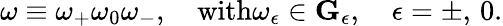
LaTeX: \omega\equiv\omega_{+}\omega_{0}\omega_{-},\quad\mathrm{with}\omega_{\epsilon}\in{\mathbf G}_{\epsilon},\quad\epsilon=\pm,\, 0.